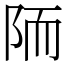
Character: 陑